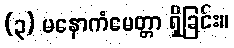
(၃) မနောကံမေတ္တာ ရှိခြင်း။